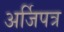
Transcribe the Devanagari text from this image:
अर्जिपत्र